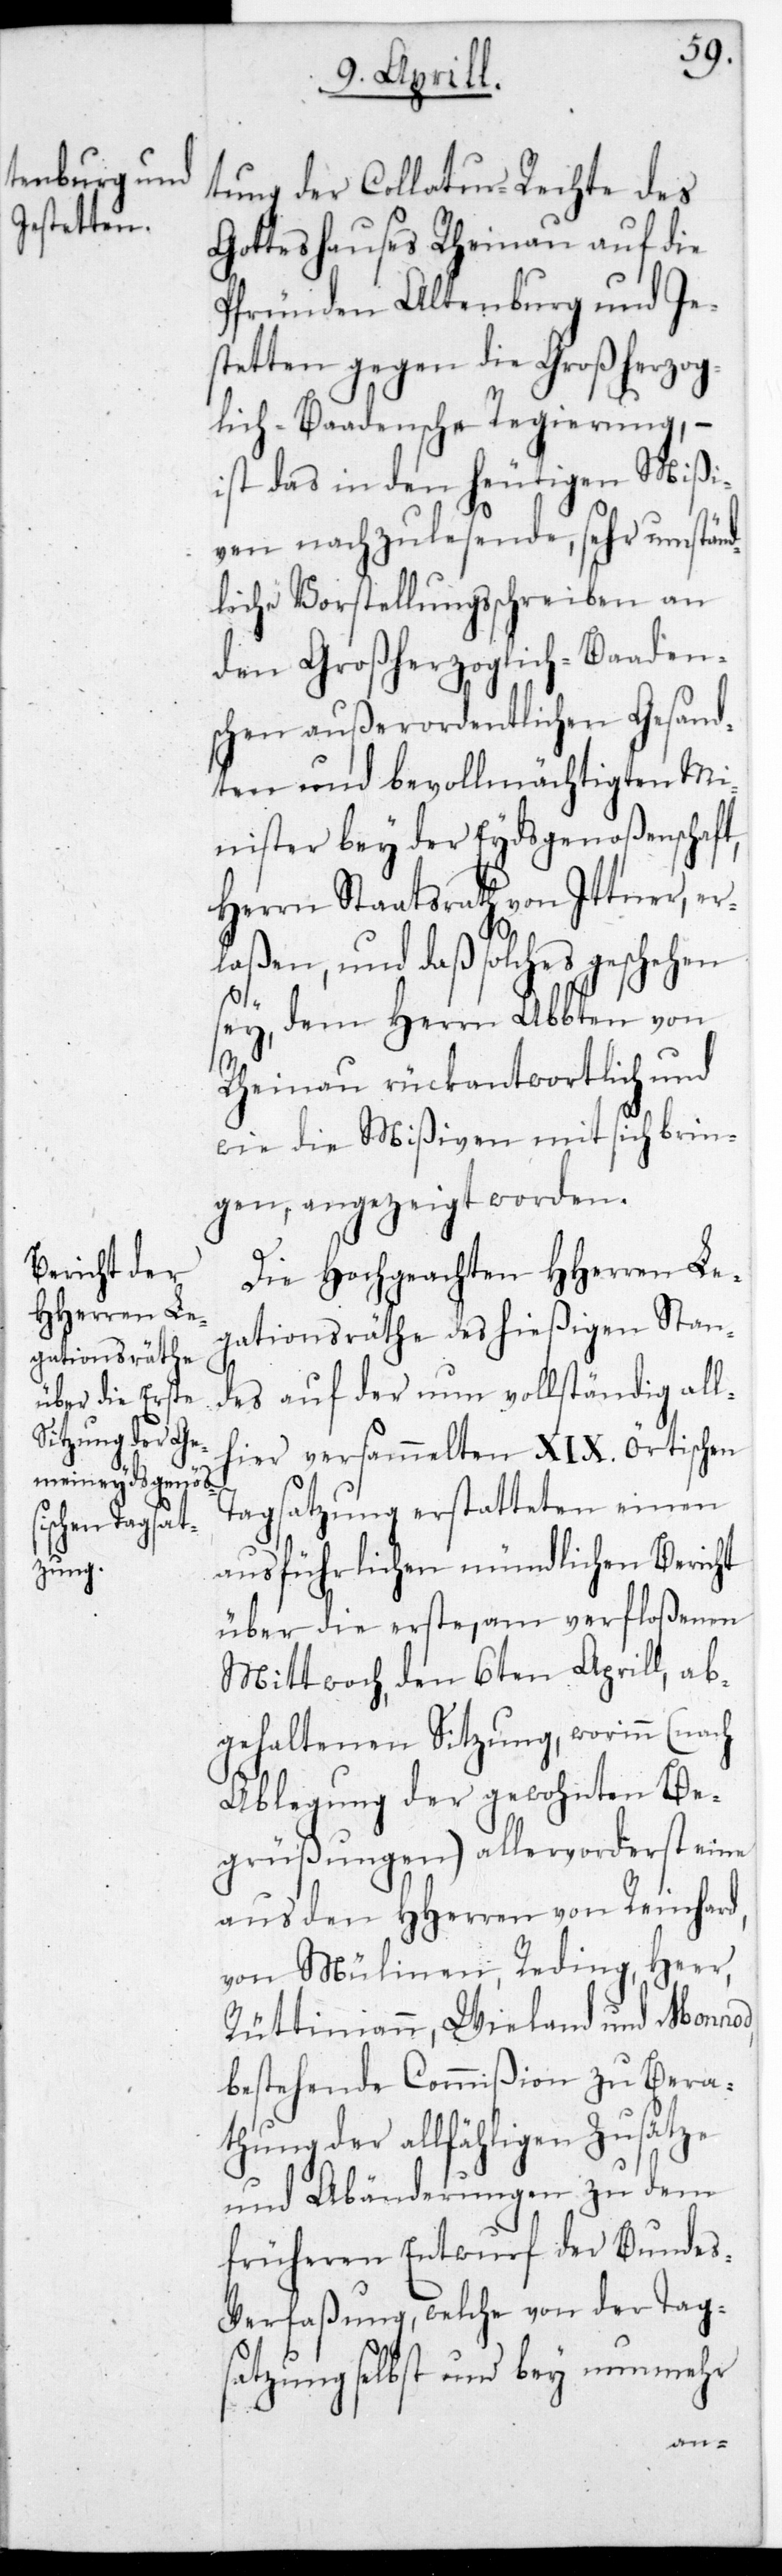
tung der Collatur-Rechte des
Gotteshauses Rheinau auf die
Pfründen Altenburg und Je¬
stetten gegen die Großherzog¬
lich-Baadensche Regierung, –
ist das in den heutigen Mißi¬
ven nachzulesende, sehr umstän¬
dliche Vorstellungsschreiben an
den großerzoglich-Baaden¬
schen außerordentlichen Gesand¬
ten und bevollmächtigten Mi¬
nister bey der Eydsgenoßenschaft,
Herrn Staatsrath von Ittner, er¬
laßen, und daß solches geschehen
sey, dem Herrn Abten von
Rheinau rückantwortlich und
wie die Mißiven mit sich brin¬
gen, angezeigt worden.
Die hochgeachten HHerren Le¬
gationsräthe des hießigen Stan¬
des auf der nun vollständig all¬
hier versammelten XIX. örtischen
Tagsatzung erstatteten einen
ausführlichen mündlichen Bericht
über die erste, am verfloßenen
Mittwoch den 6ten Aprill, ab¬
gehaltenen Sitzung, worinn (nach
Ablegung der gewohnten Be¬
grüßungen) allervorderst eine
aus den HHerren von Reinhard,
von Mülinen, Reding, Heer,
Rüttimann, Wieland und Monnod,
bestehende Commißion zu Bera¬
thung der allfähligen Zusätze
und Abänderungen zu dem
früheren Entwurf der Bundes¬
verfaßung, welche von der Tag¬
satzung selbst und bey nunmehr